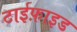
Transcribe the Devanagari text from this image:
टाईफ़ाइड